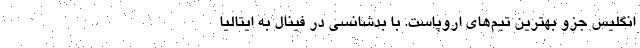
انگلیس جزو بهترین تیم‌های اروپاست. با بدشانسی در فینال به ایتالیا